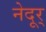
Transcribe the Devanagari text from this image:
नेदूर्